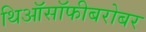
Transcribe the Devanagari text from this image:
थिऑसॉफीबरोबर